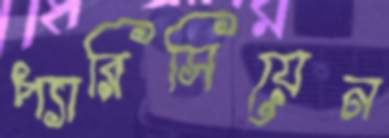
প্যারিসিয়েন